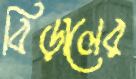
বিড়ালের